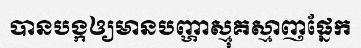
បានបង្កឲ្យមានបញ្ហាស្មុគស្មាញផ្នែក